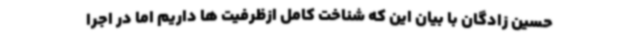
حسین زادگان با بیان این که شناخت کامل ازظرفیت ها داریم اما در اجرا